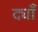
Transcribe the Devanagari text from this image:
द्याँ